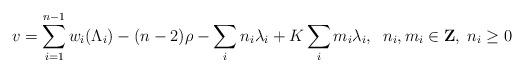
LaTeX: \begin{align*}v=\sum_{i=1}^{n-1}w_{i}(\Lambda_{i})-(n-2)\rho-\sum_{i}n_{i}\lambda_{i}+K\sum_{i}m_{i}\lambda_{i},\;\;n_{i},m_{i}\in{\bf Z},\;n_{i}\geq0\end{align*}